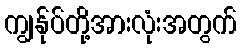
ကျွန်ုပ်တို့အားလုံးအတွက်